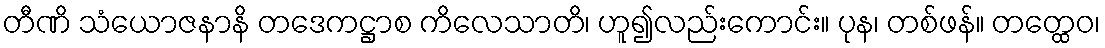
တီဏိ သံယောဇနာနိ တဒေကဋ္ဌာစ ကိလေသာတိ၊ ဟူ၍လည်းကောင်း။ ပုန၊ တစ်ဖန်။ တတ္ထေဝ၊